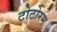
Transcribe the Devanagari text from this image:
टोटोरम